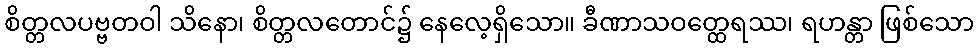
စိတ္တလပဗ္ဗတဝါ သိနော၊ စိတ္တလတောင်၌ နေလေ့ရှိသော။ ခီဏာသဝတ္ထေရဿ၊ ရဟန္တာ ဖြစ်သော